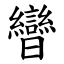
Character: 曫